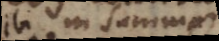
ibi in summa